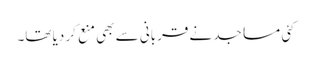
کئی مساجد نے قربانی سے بھی منع کر دیا تھا۔